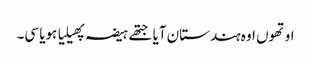
اوتھوں اوہ ہندستان آیا جتھے ہیضہ پھیلیا ہویا سی۔